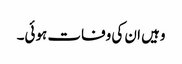
وہیں ان کی وفات ہوئی۔